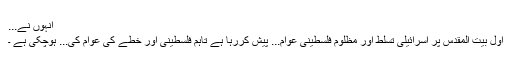
انہوں نے...
اول بیت المقدس پر اسرائیلی تسلط اور مظلوم فلسطینی عوام... پیش کررہا ہے تاہم فلسطینی اور خطے کی عوام کی... ہوچکی ہے ۔